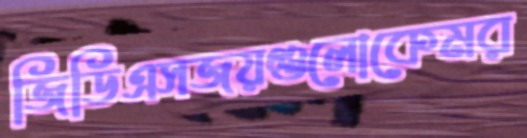
জিডিএসজয়গুলোকেমর